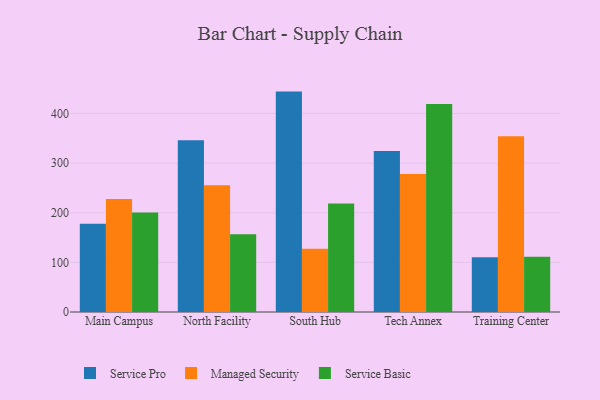
{"axis": {"x": "Campus", "y": "Churn Rate (%)"}, "legend": ["Managed Security", "Service Basic", "Service Pro"], "data": [{"x": "Main Campus", "y": 178.0, "type": "Service Pro"}, {"x": "Main Campus", "y": 227.7, "type": "Managed Security"}, {"x": "Main Campus", "y": 200.6, "type": "Service Basic"}, {"x": "North Facility", "y": 345.8, "type": "Service Pro"}, {"x": "North Facility", "y": 255.1, "type": "Managed Security"}, {"x": "North Facility", "y": 156.5, "type": "Service Basic"}, {"x": "South Hub", "y": 444.0, "type": "Service Pro"}, {"x": "South Hub", "y": 127.2, "type": "Managed Security"}, {"x": "South Hub", "y": 218.5, "type": "Service Basic"}, {"x": "Tech Annex", "y": 324.2, "type": "Service Pro"}, {"x": "Tech Annex", "y": 278.2, "type": "Managed Security"}, {"x": "Tech Annex", "y": 419.1, "type": "Service Basic"}, {"x": "Training Center", "y": 110.2, "type": "Service Pro"}, {"x": "Training Center", "y": 354.0, "type": "Managed Security"}, {"x": "Training Center", "y": 111.5, "type": "Service Basic"}]}